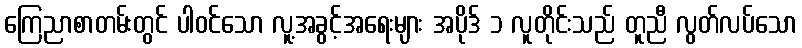
ကြေညာစာတမ်းတွင် ပါဝင်သော လူ့အခွင့်အရေးများ အပိုဒ် ၁ လူတိုင်းသည် တူညီ လွတ်လပ်သော